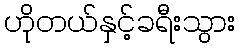
ဟိုတယ်နှင့်ခရီးသွား